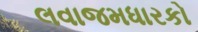
લવાજમધારકો